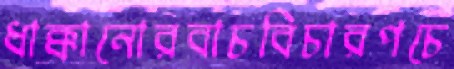
ধাক্কানোরবাচবিচারপচে